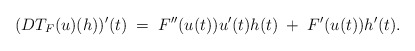
\begin{align*}(DT_F(u)(h))'(t) \; =\; F''(u(t))u'(t)h(t) \; + \; F'(u(t))h'(t).\end{align*}